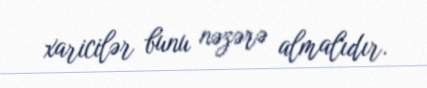
xaricilər bunu nəzərə almalıdır.